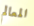
المعالم